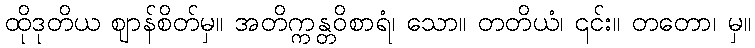
ထိုဒုတိယ ဈာန်စိတ်မှ။ အတိက္ကန္တဝိစာရံ၊ သော။ တတိယံ၊ ၎င်း။ တတော၊ မှ။